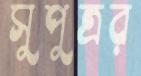
সুপুত্রর